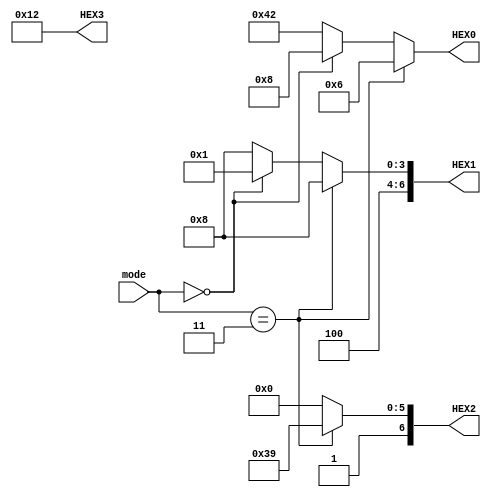
module modedisplay (
input [1:0] mode,
output reg [6:0] HEX3,HEX2,HEX1,HEX0
);

always @(*)
begin
	if (mode == 2'b11)
		begin
			HEX3 = 7'b0010010;
			HEX2 = 7'b1111001;
			HEX1 = 7'b1001000;
			HEX0 = 7'b0000110;
		end
	else if (mode == 2'b00)
		begin
			HEX3 = 7'b0010010;
			HEX2 = 7'b1000000;
			HEX1 = 7'b1000001;
			HEX0 = 7'b0001000;
		end
	else
		begin
			HEX3 = 7'b0010010;
			HEX2 = 7'b1000000;
			HEX1 = 7'b1001000;
			HEX0 = 7'b1000010;
		end
end
endmodule